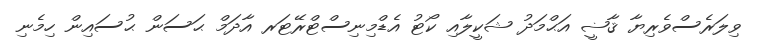
ވިލަރެސްވެރިޔާ ޤާޟީ އަޙްމަދު ޝަކީލާއި ކޯޓު އެޑްމިނިސްޓްރޭޓަރ އާދަމް ޙަސަން ޙުސައިން ހިމެނި